Vaccination in Bombay 1869-1873 - 1869-1873
Year: 1869
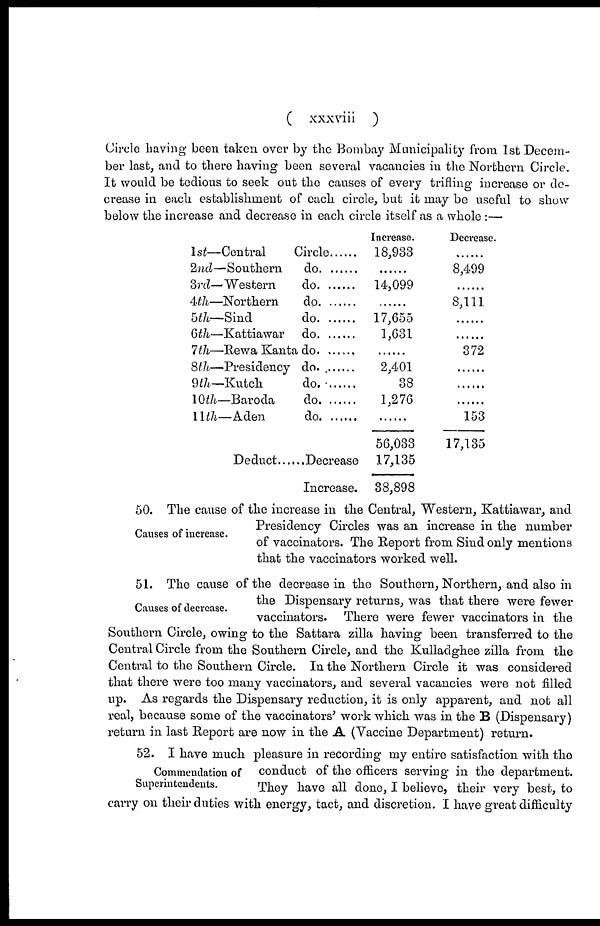
( xxxviii
)
Circle having been taken over by the Bombay Municipality from 1st Decem-
ber last, and to there having been several vacancies in the Northern Circle.
It would be tedious to seek out the causes of every trifling increase or de-
crease in each establishment of each circle, but it may be useful to show
below the increase and decrease in each circle itself as a whole :—
1st—Central Circle.........
2nd—Southern do. ...........
3rd—Western do. ............
4th—Northern do. ............
5th—Sind do. ...........
6th—Kattiawar do. ..........
7th—Rewa Kanta do. ........
8th—Kutch do. ...........
9th—Kutch
do. .......
10th—Baroda do. ......
11th—Aden do. ......
Deduct......Decrease
Increase.
Increase.
18,933
......
14,099
......
17,655
1,631
......
2,401
38
1,276
......
56,033
17,135
38,898
Decrease.
......
8,499
......
8,111
......
......
372
......
......
......
153
17,135
Causes of increase.
50. The cause of the increase in the Central, Western, Kattiawar, and
Presidency Circles was an increase in the number
of vaccinators. The Report from Sind only mentions
that the vaccinators worked well.
Causes of decrease.
51. The cause of the decrease in the Southern, Northern, and also in
the Dispensary returns, was that there were fewer
vaccinators. There were fewer vaccinators in the
Southern Circle, owing to the Sattara zilla having been transferred to the
Central Circle from the Southern Circle, and the Kulladghee zilla from the
Central to the Southern Circle. In the Northern Circle it was considered
that there were too many vaccinators, and several vacancies were not filled
up. As regards the Dispensary reduction, it is only apparent, and not all
real, because some of the vaccinators' work which was in the B (Dispensary)
return in last Report are now in the A (Vaccine Department) return.
Commendation of
Superintendents.
52. I have much pleasure in recording my entire satisfaction with the
conduct of the officers serving in the department.
They have all done, I believe, their very best, to
carry on their duties with energy, tact, and discretion. I have great difficulty